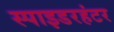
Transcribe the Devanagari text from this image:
स्पाइडरहंटर